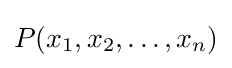
P(x_{1},x_{2},\ldots ,x_{n})